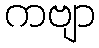
ကဗျာ